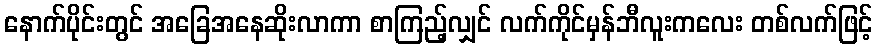
နောက်ပိုင်းတွင် အခြေအနေဆိုးလာကာ စာကြည့်လျှင် လက်ကိုင်မှန်ဘီလူးကလေး တစ်လက်ဖြင့်